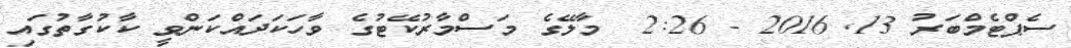
ސެޕްޓެމްބަރު 13